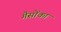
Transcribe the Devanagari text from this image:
गैसोंका